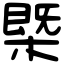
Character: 槩